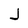
Character: J